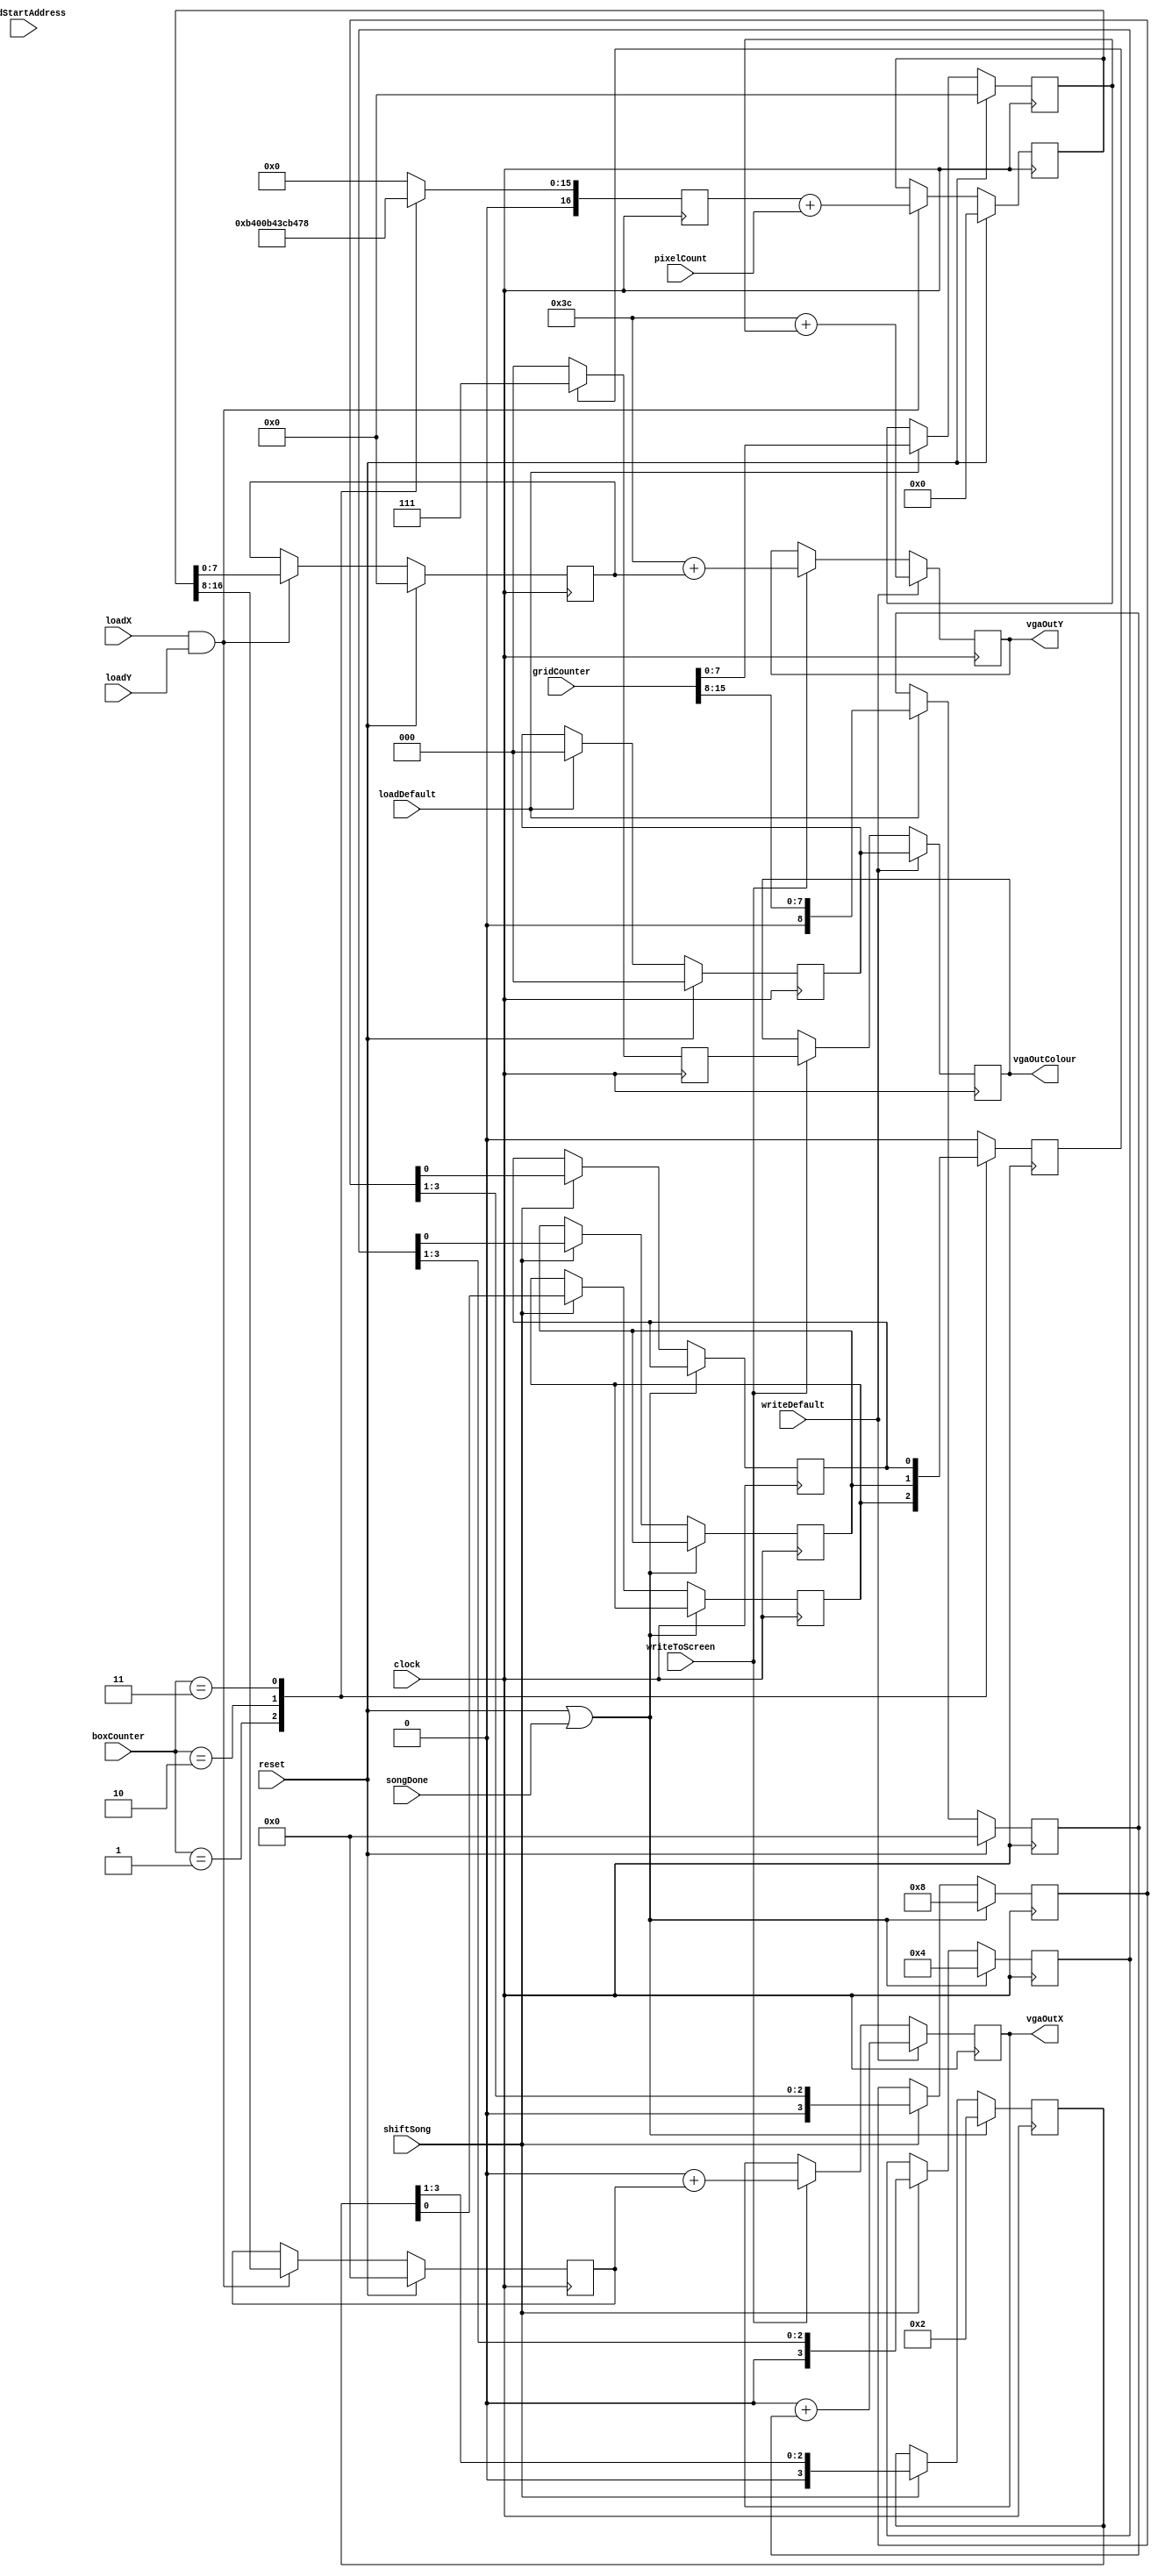
module dataPath(input clock, reset, shiftSong, writeToScreen, loadStartAddress, loadX, loadY, loadDefault, writeDefault, songDone,
                input [15:0] gridCounter, input [1:0] boxCounter, input [14:0] pixelCount,
                output reg [8:0] vgaOutX, output reg [7:0] vgaOutY, output reg [2:0] vgaOutColour);

  //Resolution  = 320 * 240; 76800 = 17b'10010110000000000 (17bits)
  //writing to 240*180 grid; 43200 = 15b'1010,1000,1100,0000 (16bits)
//  reg [14:0] regAddress;
  reg [8:0] regX;
  reg [7:0] regY;
  reg [2:0] regColour;
  reg [16:0] wireAddressOut;
  reg [16:0] currentAddress;

  //3 shit register
  reg [3:0] regNote1, regNote2, regNote3;
  reg currentNote1, currentNote2, currentNote3;
  always@(posedge clock) begin
    if(reset || songDone) begin
      regNote1 <= 4'b0010;
      regNote2 <= 4'b0100;
      regNote3 <= 4'b1000;
      end
    else if(shiftSong) begin
      //set rightmost node as current note
      currentNote1 <= regNote1[0];
      currentNote2 <= regNote2[0];
      currentNote3 <= regNote3[0];

      //shift all registers right
      regNote1 <= regNote1 >> 1'b1;
      regNote2 <= regNote2 >> 1'b1;
      regNote3 <= regNote3 >> 1'b1;
      end
  end

  reg colourSelect;
  //noteSelect mux - loads start address for each box
  always@(posedge clock) begin
    case(boxCounter)
      1: begin
         colourSelect <= currentNote1;
         wireAddressOut <= 17'b01011010000000000;
         end
      2: begin
         colourSelect <= currentNote2;
         wireAddressOut <= 17'b01011010000111100;
			end
      3: begin
         colourSelect <= currentNote3;
         wireAddressOut <= 17'b01011010001111000;
         end
      default: begin
         colourSelect <= 0;
         wireAddressOut <= 17'd0;
         end
    endcase
  end

  //colourSelect mux;
  reg [2:0] regInColour;
  always@(posedge clock) begin
    if(colourSelect) regInColour <= 3'b111; /*load white*/
    else regInColour <= 3'b000; /*load black*/
  end

//  always@(posedge clock) begin
//    if(reset) begin
//      regAddress <= 15'd0;
//      end
//    if(loadStartAddress) begin
//      regAddress <= wireAddressOut;
//		end
//  end

wire [16:0] pixelCountCorrectBits;
assign pixelCountCorrectBits = {2'd0, pixelCount};

  always @(posedge clock) begin
    if (reset) currentAddress <= 17'd0;
    else if(loadX && loadY) currentAddress <= wireAddressOut + pixelCountCorrectBits;
  end

  //regX & regY
  always @(posedge clock) begin
    if (reset) begin
      regX <= 9'd0;
      regY <= 8'd0;
      end
    else if (loadX && loadY) begin
      regX <= currentAddress[16:8];
      regY <= currentAddress[7:0];
      end
  end

  //loading default image
  //memory address 15bits for position - added 3 for color
  //required memory block 43200*15bits (43200 = 16'b1010100011000000)
  // closest mem size 65536 = 17'b10000000000000000
  reg [8:0] regDefaultX;
  reg [7:0] regDefaultY;
  reg [2:0] regDefaultColour;
  //memory block to be used in later implementations
  // wire [17:0] defaultImageAddress;
  // wire [16:0] tempMemAddress1;
  // assign tempMemAddress1 = {1'b0, gridCounter};
  // startImageAddress memD(.address(tempMemAddress1), .clock(clock), .data(18'd0),
  //                        .wren(1'b0), .q(defaultImageAddress));

  //default registers stuff
  always @(posedge clock) begin
    if (reset) begin
      regDefaultX <= 9'd0;
      regDefaultY <= 8'd0;
      regDefaultColour <= 3'd0;
      end
    else if (loadDefault) begin
      regDefaultX <= {1'b0, gridCounter[15:8] /*defaultImageAddress[17:10]*/};
      regDefaultY <= gridCounter[7:0] /*defaultImageAddress[9:3]*/;
      regDefaultColour <= 3'b000 /*defaultImageAddress[2:0]*/;
      end
  end

  //final mux select to assign outputs of VGA
  //vgaOut = starting position of square (0, 120) + regX/Y
  always@(posedge clock) begin
    if(writeDefault) begin
      vgaOutX <= 9'd0 + regDefaultX;
      vgaOutY <= 8'd60 + regDefaultY;
      vgaOutColour <= regDefaultColour;
      end
    else if(writeToScreen) begin
      vgaOutX <= 9'd0 + regX;
      vgaOutY <= 8'd60 + regY;
      vgaOutColour <= regInColour;
      end
  end

endmodule // dataPath